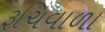
રૂચિવાળા